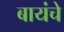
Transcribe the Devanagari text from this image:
बायंचे